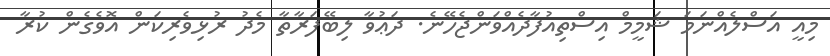
މިއީ އަސްލެއްނަމަ ޝަމީމް އިސްތިއުފާދެއްވަންޖެހޭނެ. ދަޢުވާ ލިބޭފަރާތާ މެދު ރުޅިވެރިކަން އޮވެގެން ކުރާ